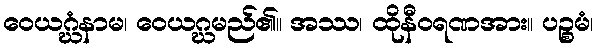
ဝေယဂ္ဃံနာမ၊ ဝေယဂ္ဃမည်၏။ အဿ၊ ထိုနီဝရဏအား။ ပဉ္စမံ၊